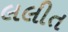
લલીત